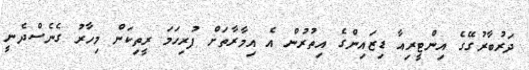
ދަރުބާރުގޭގެ އިންޓީރިއާ ޑިޒައިންގެ އިތުރުން އެ އިމާރާތަށް ފުރިހަމަ ރީތިކަން މިހާރު ގެނެސްދެނީ